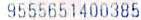
9555651400385